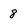
Character: 8